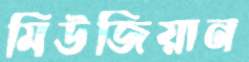
মিউজিয়ান